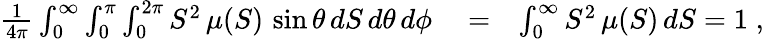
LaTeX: \begin{array}{rlr}{\frac{1}{4\pi}\int_{0}^{\infty}\int_{0}^{\pi}\int_{0}^{2\pi}S^{2}\, \mu(S)\, \sin\theta\, dS\, d\theta\, d\phi}&{{}=}&{\int_{0}^{\infty}S^{2}\, \mu(S)\, dS=1\; ,}\end{array}